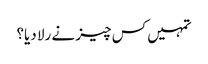
تمہیں کس چیز نے رلا دیا؟